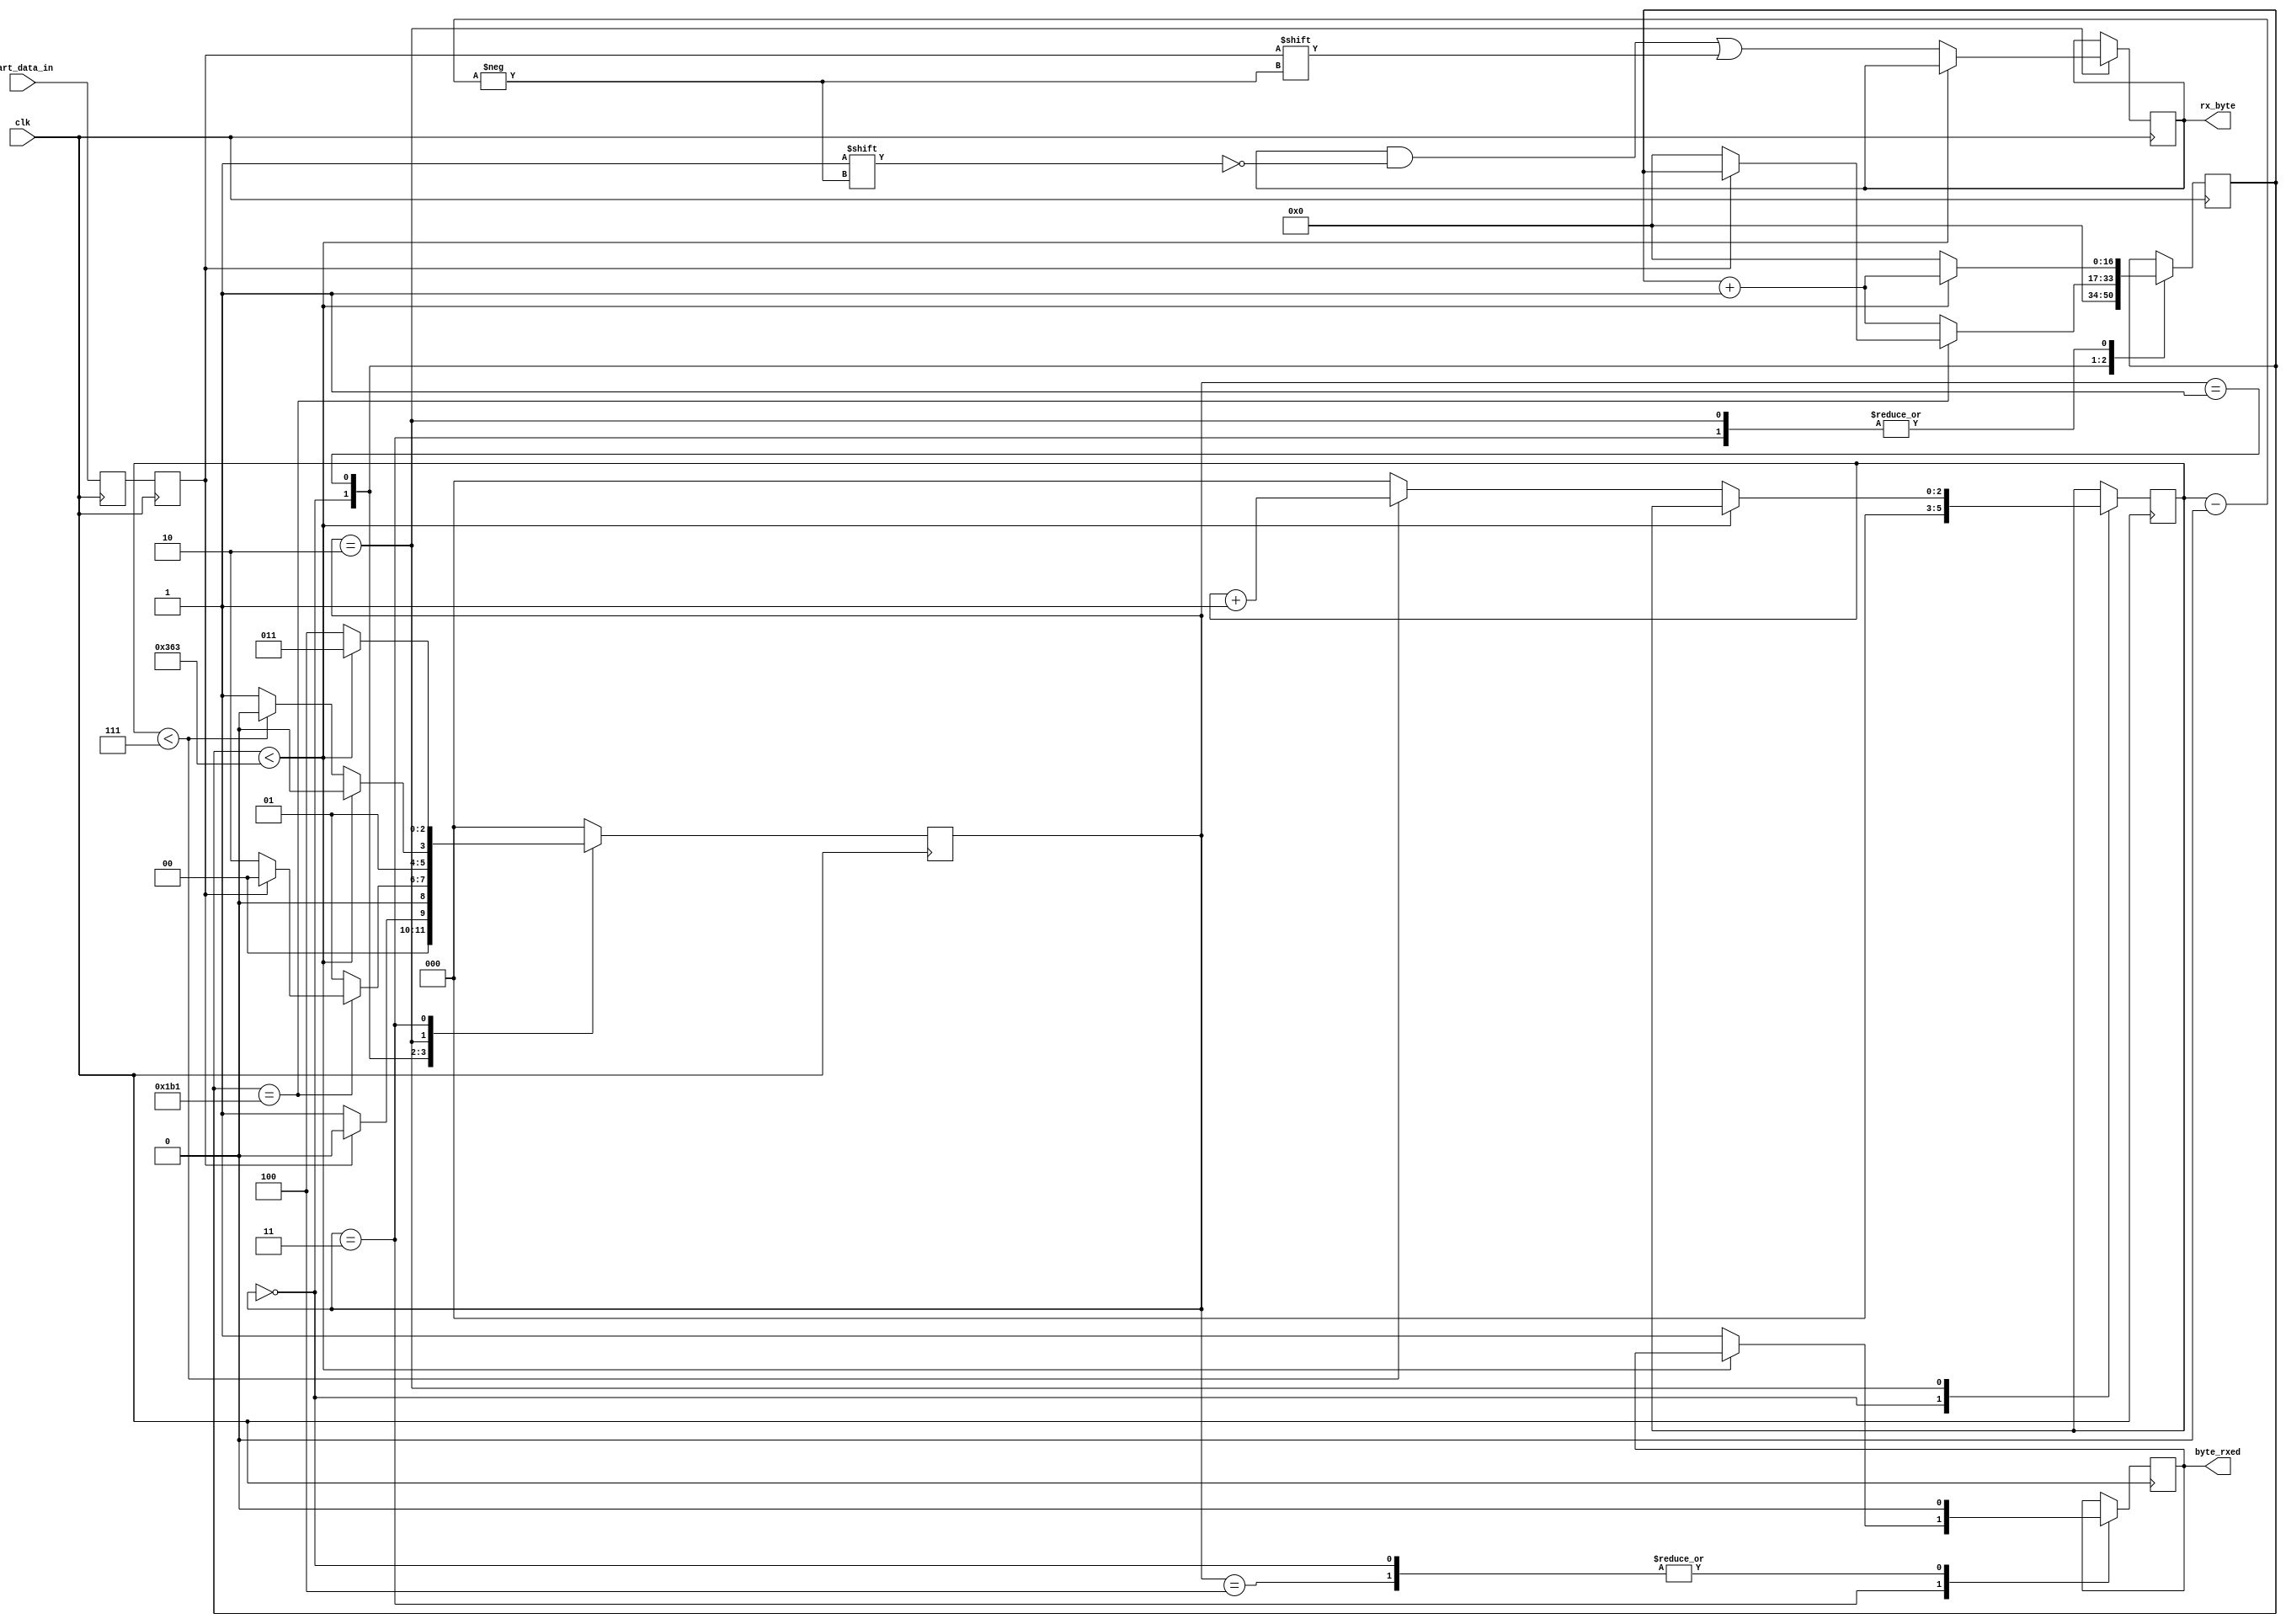
`timescale 1ns / 1ps
//////////////////////////////////////////////////////////////////////////////////
// Company: BU
// 
// Module Name:    uart_rx 
// Project Name: Lab 2 - Peripheral and Processor Integration with I/O
// Target Devices: Nexys3 Spartan 6
// Revision 0.01 - File Created
// References:
//   https://www.nandland.com/vhdl/modules/module-uart-serial-port-rs232.html
//
//////////////////////////////////////////////////////////////////////////////////
module uart_rx(
	input wire       clk,          // Input clock from FPGA, 100 MHz (10 ns)
	input wire       uart_data_in, // UART Serial Data line in
	output reg       byte_rxed,    // Signal for when 1 byte has been recevied (high for 1 cycle)
	output reg [7:0] rx_byte       // Byte of data received
   );
	
	// UART Standard Rates: 1200, 2400, 4800, 19200, 38400, 57600, 115200
	parameter UART_RATE = 115200;
	parameter CLK_RATE  = 100000000;  // 100 MHz
	
	// State definitions
	// Use localparams so these cannot be changed
	localparam STATE_IDLE         = 3'b000;
	localparam STATE_RX_START_BIT = 3'b001;
	localparam STATE_RX_DATA_BITS = 3'b010;
	localparam STATE_RX_STOP_BIT  = 3'b011;
	localparam STATE_CLEANUP      = 3'b100;
	
	reg [2:0] state = STATE_IDLE;  // register to save current state;
	
	// Clock Counter
	// Max value of clk_cnt if Baud rate is changed is 100 MHz / 1200 Baud = 83333
	// which requires 17 bits to store
	reg [16:0] clk_cnt = 17'd0;
	
	reg [2:0] bit_idx = 3'd0; // Bit index to count for bytes
	
	// To address issues of metastability, implement
	// double register for incoming data
	reg rx_data_reg = 1'b1;
	reg rx_data = 1'b1;
	
	always @ (posedge clk) begin
		rx_data_reg <= uart_data_in;
		rx_data <= rx_data_reg;
	end
	
	// RX State Machine
	always @ (posedge clk) begin
		case (state)
			STATE_IDLE: begin
				byte_rxed <= 1'b0;
				clk_cnt <= 17'd0;
				bit_idx <= 3'd0;
				
				// Start bit Detection
				if (rx_data == 1'b0) begin
					state <= STATE_RX_START_BIT;
				end
				else begin
					state <= STATE_IDLE;
				end
			end
			
			STATE_RX_START_BIT: begin
				// Check start bit in middle of bit clock width
				if (clk_cnt == (((CLK_RATE / UART_RATE) - 1) / 2)) begin
					// If Start bit still 0, proceed to rx data
					if (rx_data == 1'b0) begin
						clk_cnt <= 0; //reset counter
						state <= STATE_RX_DATA_BITS;
					end
					// otherwise return to idle and wait for valid start bit
					else begin
						state <= STATE_IDLE;
					end
				end
				// Wait for middle of bit width
				else begin
					clk_cnt <= clk_cnt + 1'b1; //increment counter
					state <= STATE_RX_START_BIT;  // stay in state
				end
			end
			
			STATE_RX_DATA_BITS: begin
				// Wait for bit width
				if (clk_cnt < ((CLK_RATE / UART_RATE) - 1)) begin
					clk_cnt <= clk_cnt + 1'b1; //increment counter
					state <= STATE_RX_DATA_BITS;  // stay in state
				end
				// Sample Data bit
				else begin
					clk_cnt <= 0; //reset counter
					rx_byte[bit_idx] <= rx_data;  // sample serial data
					
					// check if we received 8 bits
					if (bit_idx < 7) begin
						bit_idx <= bit_idx + 1'b1;  // increment bit index
						state <= STATE_RX_DATA_BITS; // stay in this state
					end
					// received a byte
					else begin
						bit_idx <= 3'd0;  // reset bit index
						state <= STATE_RX_STOP_BIT; // move to stop bit state
					end
				end
			end
			
			STATE_RX_STOP_BIT: begin
				// Wait for bit width
				if (clk_cnt < ((CLK_RATE / UART_RATE) - 1)) begin
					clk_cnt <= clk_cnt + 1'b1; //increment counter
					state <= STATE_RX_STOP_BIT;  // stay in state
				end
				// Stop bit
				else begin
					byte_rxed <= 1'b1; // set byte received flag
					clk_cnt <= 0; //reset counter
					state <= STATE_CLEANUP;  // move on to cleanup state
				end
			end
			
			STATE_CLEANUP: begin
				state <= STATE_IDLE;
				byte_rxed <= 1'b0;
			end
			
			default: begin
				state <= STATE_IDLE;
			end
			
		endcase	
	end

endmodule